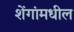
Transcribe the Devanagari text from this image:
शेंगांमधील